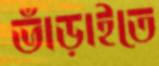
ভাঁড়াইতে